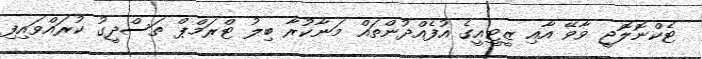
ޓެކްނޮލޮޖީ ވާވޭ އާއި ޒީޓީއީގެ އުފެއްދުންތައް މަނާކުރާ ބިލު ޓްރަމްޕް ތަސްދީގު ކުރައްވައިފި